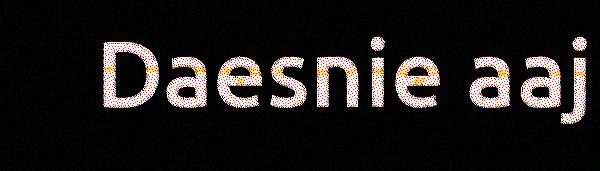
Daesnie aaj